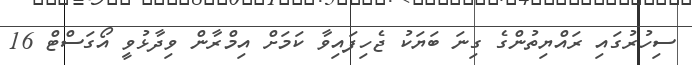
ސިހުރުގައި ރައްޔިތުންގެ ގިނަ ބަޔަކު ޖެހިފައިވާ ކަމަށް އިމްރާން ވިދާޅުވީ އޯގަސްޓް 16